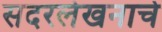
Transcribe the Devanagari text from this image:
सदरलेखनाचे